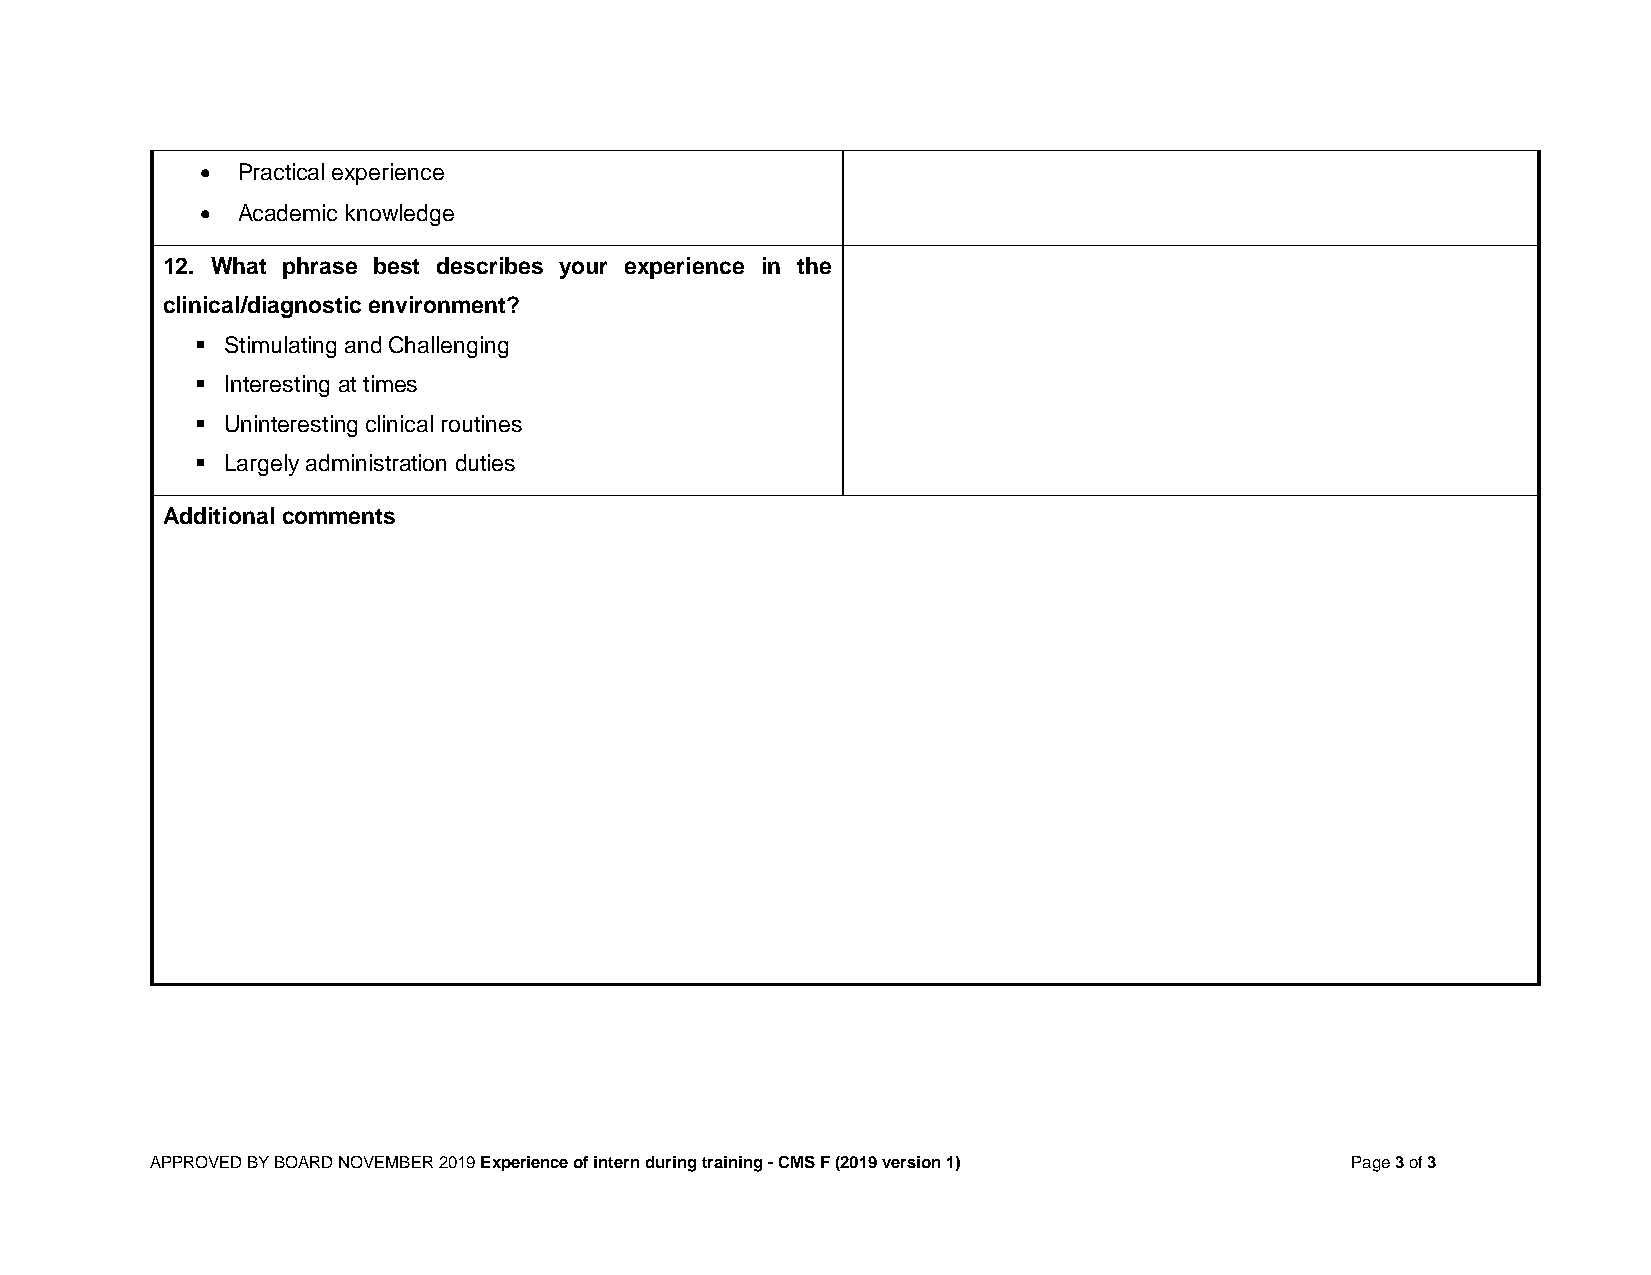
•  Practical experience
 •  Academic knowledge
 12. What phrase best describes your experience in the
 clinical/diagnostic environment?
 ▪ Stimulating and Challenging
 ▪ Interesting at times
 ▪ Uninteresting clinical routines
 ▪ Largely administration duties
 Additional comments
 APPROVED BY BOARD NOVEMBER 2019 Experience of intern during training - CMS F (2019 version 1) Page 3 of 3